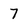
Character: 7